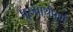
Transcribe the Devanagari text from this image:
पुरुषार्थपूर्ण